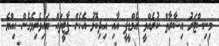
މިނިސްޓަރު އިޝާރާތް ކުރެއްވީ އެމްޑީޕީ އާއި އިދިކޮޅު އެހެން ޕާޓީތައް ބައިވެރިވެގެން އިއްޔެ